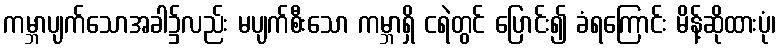
ကမ္ဘာပျက်သောအခါ၌လည်း မပျက်စီးသော ကမ္ဘာရှိ ငရဲတွင် ပြောင်း၍ ခံရကြောင်း မိန့်ဆိုထားပုံ၊